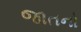
જાતનો